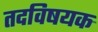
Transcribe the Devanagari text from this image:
तदविषयक